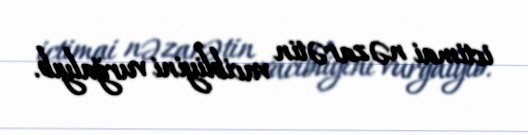
ictimai nəzarətin vacibliyini vurğalyıb.